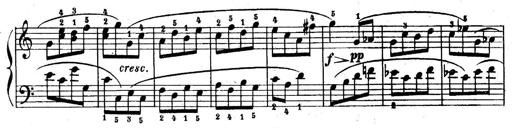
Title: 6 Piano Sonatinas
Composer: Cornelius Gurlitt